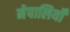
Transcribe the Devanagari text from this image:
नेपालियोँ